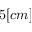
5 [ c m ]